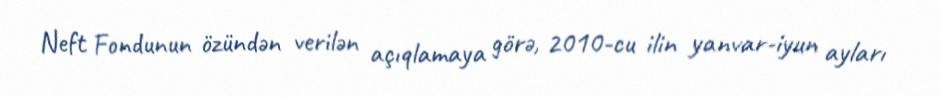
Neft Fondunun özündən verilən açıqlamaya görə, 2010-cu ilin yanvar-iyun ayları